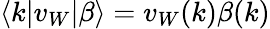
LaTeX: \langle k|v_{W}|\beta\rangle=v_{W}(k)\beta(k)